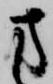
方